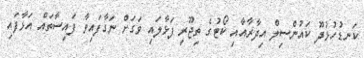
ކަނޑުހުޅުދޫ ކައުންސިލް އިދާރާއާއި ކޯޓުގެ ތިޖޫރި ފަޅާލައި ވަގަށް ނަގާފައިވާ ފައިސާތައް އަޅާފައި